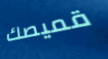
قميصك